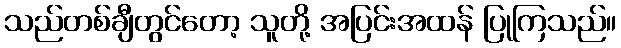
သည်တစ်ချီတွင်တော့ သူတို့ အပြင်းအထန် ပြုကြသည်။